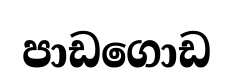
පාඩගොඩ